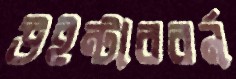
উইন্টারবর্ন